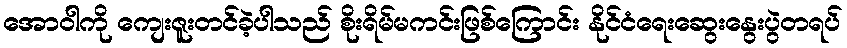
အောဝါကို ကျေးဇူးတင်ခဲ့ပါသည် စိုးရိမ်မကင်းဖြစ်ကြောင်း နိုင်ငံရေးဆွေးနွေးပွဲတရပ်